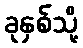
ခုနှစ်သို့